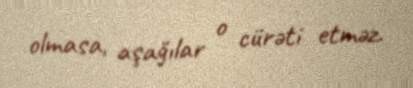
olmasa, aşağılar o cürəti etməz.